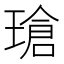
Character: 瑲